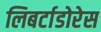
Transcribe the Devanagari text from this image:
लिबर्टाडोरेस